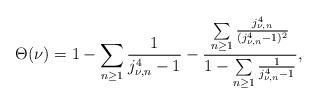
LaTeX: \begin{align*}\Theta(\nu)=1-\sum_{n\geq1}\frac{1}{j_{\nu,n}^4-1}-\frac{\sum\limits_{n\geq1}\frac{j_{\nu,n}^4}{(j_{\nu,n}^4-1)^2}}{1-\sum\limits_{n\geq1}\frac{1}{j_{\nu,n}^4-1}},\end{align*}